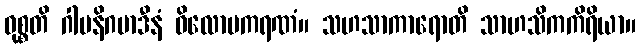
ဝုစ္စတိ ဂါမနိဂမာဒီနံ ဝိလောပကရဏံ။ သဟသာကာရောတိ သာဟသိကကိရိယာ။